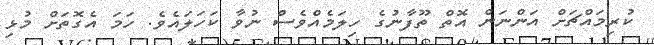
ކުރިމައްޗަށް އަންނަން އޮތް ތޫފާނުގެ ހިލަމެއްވެސް ނުވާ ކަހަލައެވެ. ހަމަ އެގޮތަށް މުޅި